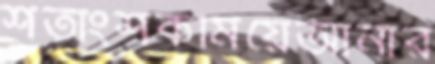
শতাংশকমিয়েআনার